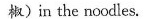
椒)in the noodles.